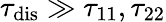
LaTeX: \tau_{\mathrm{{dis}}}\gg\tau_{11},\tau_{22}